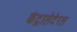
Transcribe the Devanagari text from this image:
कंट्रालेटेरल